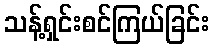
သန့်ရှင်းစင်ကြယ်ခြင်း